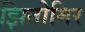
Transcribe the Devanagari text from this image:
झितोमिर